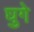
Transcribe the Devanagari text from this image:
घुगे